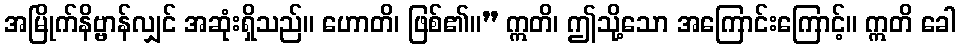
အမြိုက်နိဗ္ဗာန်လျှင် အဆုံးရှိသည်။ ဟောတိ၊ ဖြစ်၏။” ဣတိ၊ ဤသို့သော အကြောင်းကြောင့်။ ဣတိ ခေါ